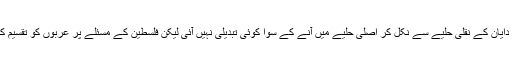
ان سارے مذاکرات میں موشے دایان کے نقلی حلیے سے نکل کر اصلی حلیے میں آنے کے سوا کوئی تبدیلی نہیں آئی لیکن فلسطین کے مسئلے پر عربوں کو تقسیم کرنے کا عمل شروع ہوچکا تھا۔